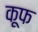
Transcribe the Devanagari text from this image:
कूफ